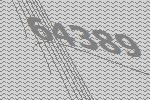
64389